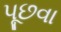
પૂછવા